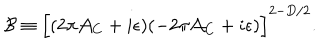
{ \cal B } \equiv \Bigl [ ( 2 \pi { \cal A } _ { C } + i \epsilon ) ( - 2 \pi { \cal A } _ { C } + i \epsilon ) \Bigr ] ^ { 2 - D / 2 } .